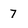
Character: 7